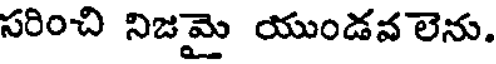
సరించి నిజమై యుండవ లెను.